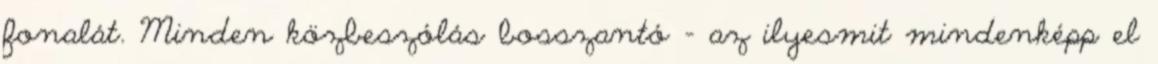
fonalát. Minden közbeszólás bosszantó - az ilyesmit mindenképp el